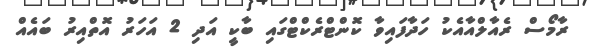
ރާމޯސް ރެއާލްއާއެކު ހަދާފައިވާ ކޮންޓްރެކްޓްގައި ބާކީ އަދި 2 އަހަރު އޮތްއިރު ބައެއް